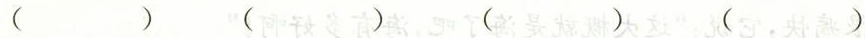
( ) ( ) ( ) ( )